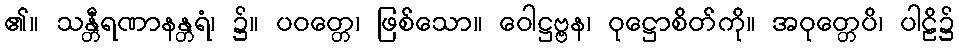
၏။ သန္တီရဏာနန္တရံ၊ ၌။ ပဝတ္တေ၊ ဖြစ်သော။ ဝေါဋ္ဌဗ္ဗန၊ ဝုဋ္ဌောစိတ်ကို။ အဝုတ္တေပိ၊ ပါဠိ၌